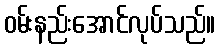
ဝမ်းနည်းအောင်လုပ်သည်။